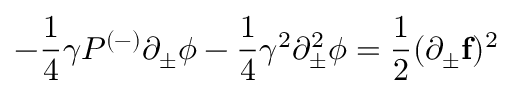
- \frac { 1 } { 4 } \gamma P ^ { ( - ) } \partial _ { \pm } \phi - \frac { 1 } { 4 } \gamma ^ { 2 } \partial _ { \pm } ^ { 2 } \phi = \frac { 1 } { 2 } ( \partial _ { \pm } { \bf f } ) ^ { 2 }